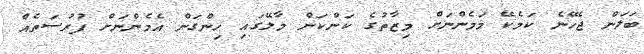
ބަލަން ޖެހޭނެ ކަމެކޭ މަމެންނަށް މިޒާތުގެ ކަންކަން މާލޭގައި ހިންގަން އެމެންނަށް ފުރުސަތެއް